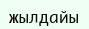
жылдайы